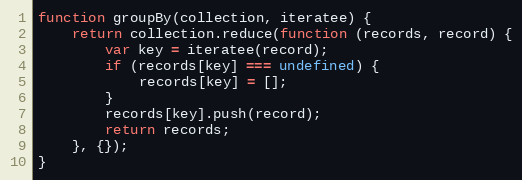
Language: JavaScript
function groupBy(collection, iteratee) {
    return collection.reduce(function (records, record) {
        var key = iteratee(record);
        if (records[key] === undefined) {
            records[key] = [];
        }
        records[key].push(record);
        return records;
    }, {});
}